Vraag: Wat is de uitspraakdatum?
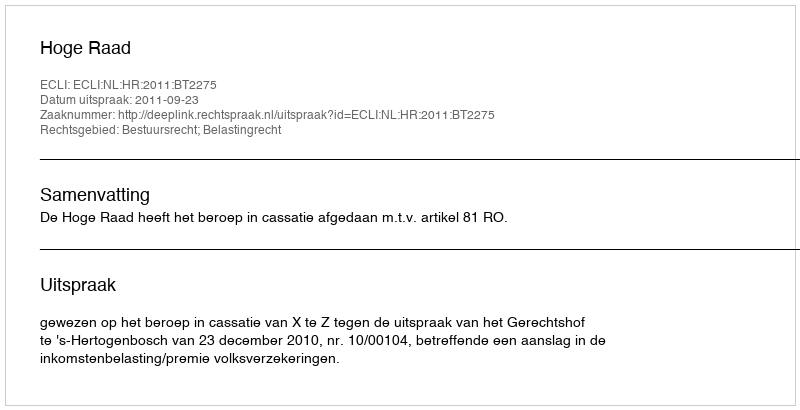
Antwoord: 2011-09-23